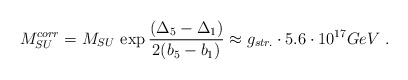
\begin{align*}M_{SU}^{corr}=M_{SU} \,\exp\frac{({\Delta}_5-{\Delta}_1)}{2(b_5-b_1)}\approx g_{str.}\cdot 5.6\cdot 10^{17} GeV\ .\end{align*}